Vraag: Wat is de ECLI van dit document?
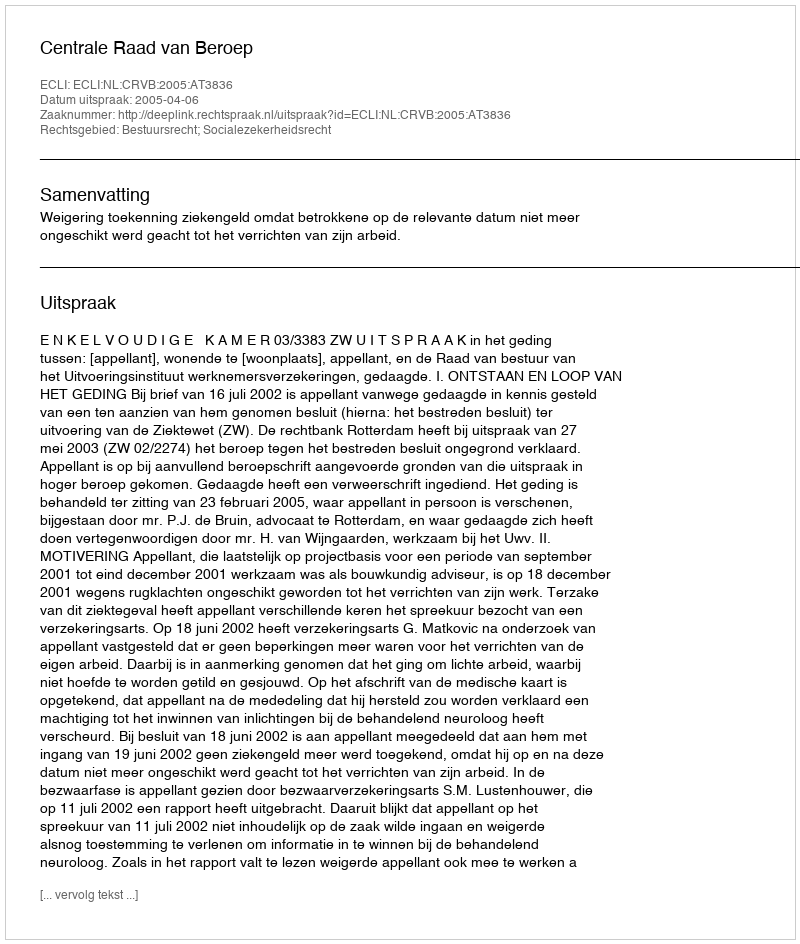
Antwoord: ECLI:NL:CRVB:2005:AT3836